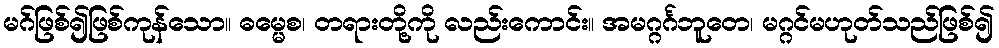
မဂ်ဖြစ်၍ဖြစ်ကုန်သော။ ဓမ္မေစ၊ တရားတို့ကို လည်းကောင်း။ အမဂ္ဂင်္ဂဘူတေ၊ မဂ္ဂင်မဟုတ်သည်ဖြစ်၍